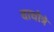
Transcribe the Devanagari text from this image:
वाघोत्रे